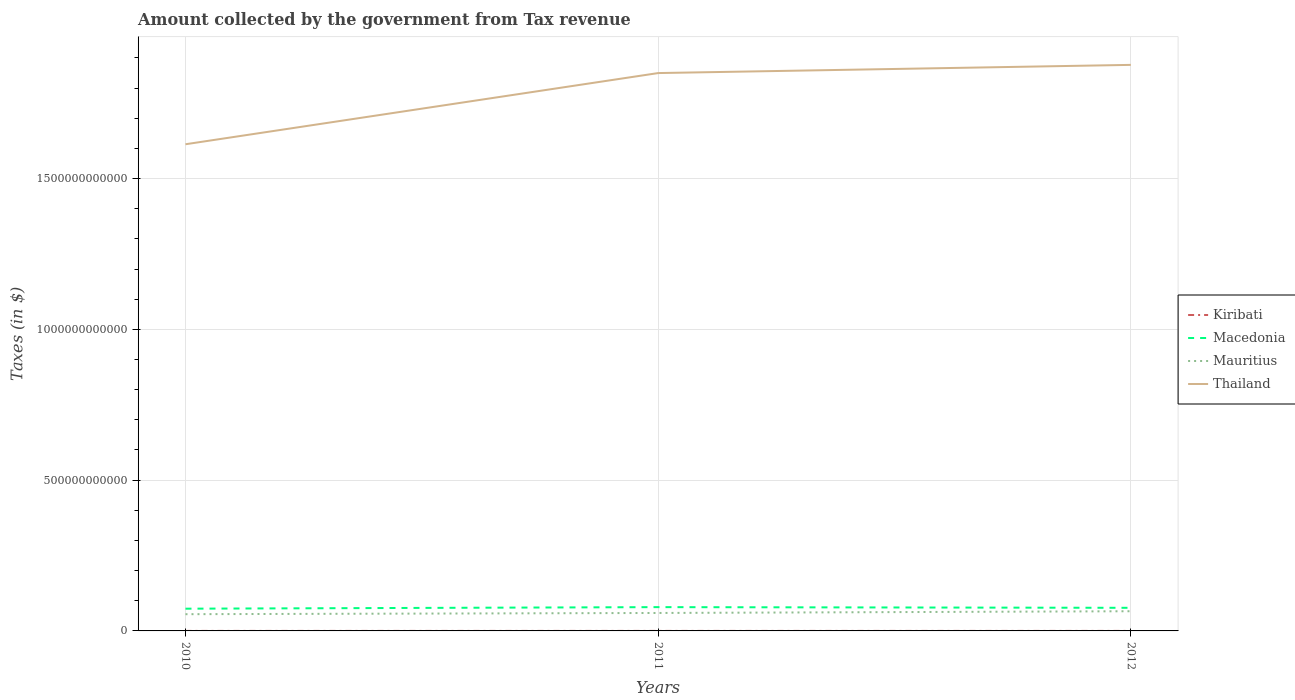
| Years | Kiribati | Macedonia | Mauritius | Thailand |
 | --- | --- | --- | --- | --- |
 | 2010 | 2.67e+07 | 7.38e+10 | 5.55e+10 | 1.61e+12 |
 | 2011 | 2.73e+07 | 7.89e+10 | 5.95e+10 | 1.85e+12 |
 | 2012 | 2.71e+07 | 7.66e+10 | 6.53e+10 | 1.88e+12 |